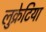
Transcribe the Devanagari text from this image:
लुक्रेटिया